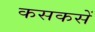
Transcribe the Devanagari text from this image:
कसकसें